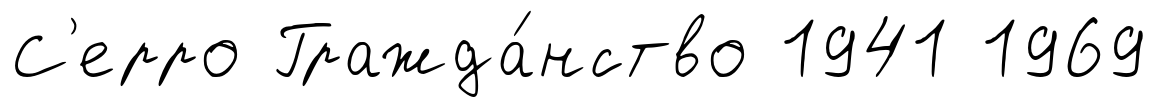
С'ерро Гражда́нство 1941 1969